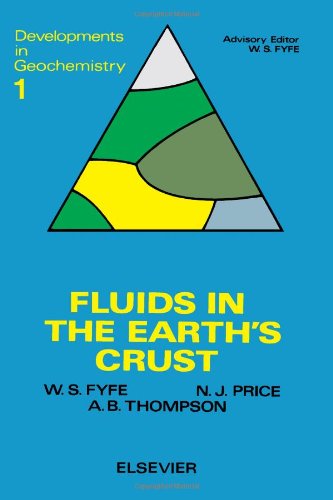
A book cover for Fluids in the Earth's Crust: Their Significance in Metamorphic, Tectonic and Chemical Transport Processes (Developments in geochemistry); W.S. Fyfe; Science & Math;